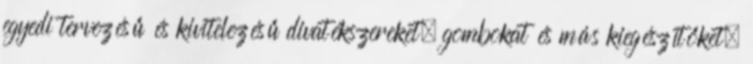
egyedi tervezésű és kivitelezésű divatékszereket, gombokat és más kiegészítőket.